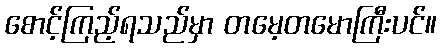
စောင့်ကြည့်ရသည်မှာ တမေ့တမောကြီးပင်။